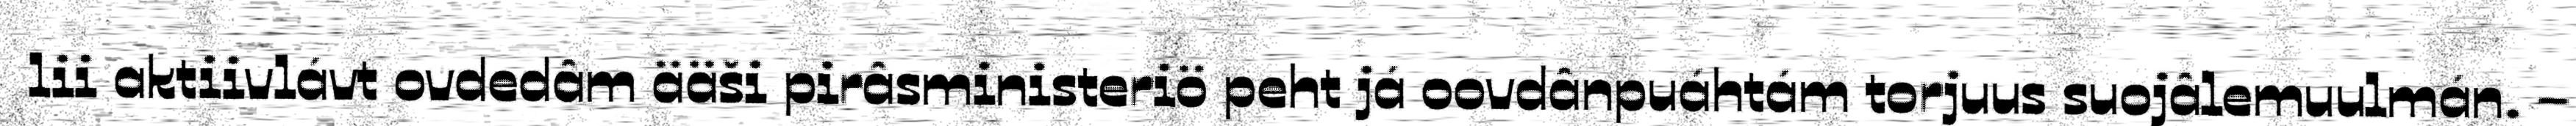
lii aktiivlávt ovdedâm ääši pirâsministeriö peht já oovdânpuáhtám torjuus suojâlemuulmán. –